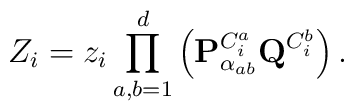
Z_{i}=z_{i}\prod_{a,b=1}^{d}\left( {\bf P}_{\alpha_{ab}}^{C_{i}^{a}} {\bf Q}^{C_{i}^{b}}\right).